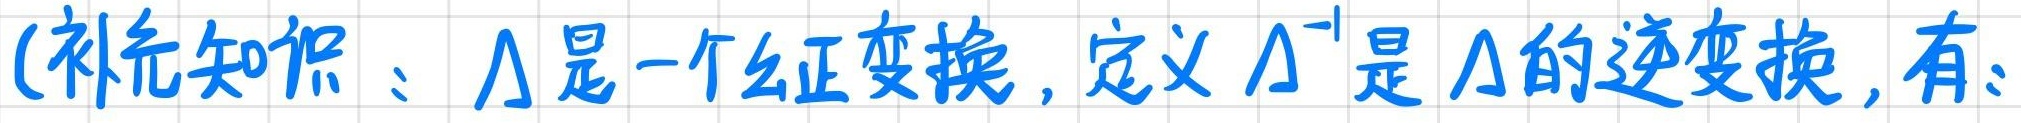
(补充知识：$\Lambda$是一个么正变换，定义$\Lambda^{-1}$是$\Lambda$的逆变换，有：